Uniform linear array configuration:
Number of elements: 24
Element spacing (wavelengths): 0.75
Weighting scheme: cosine
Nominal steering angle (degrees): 15
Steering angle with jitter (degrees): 15.26
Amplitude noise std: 0.05
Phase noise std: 0.05

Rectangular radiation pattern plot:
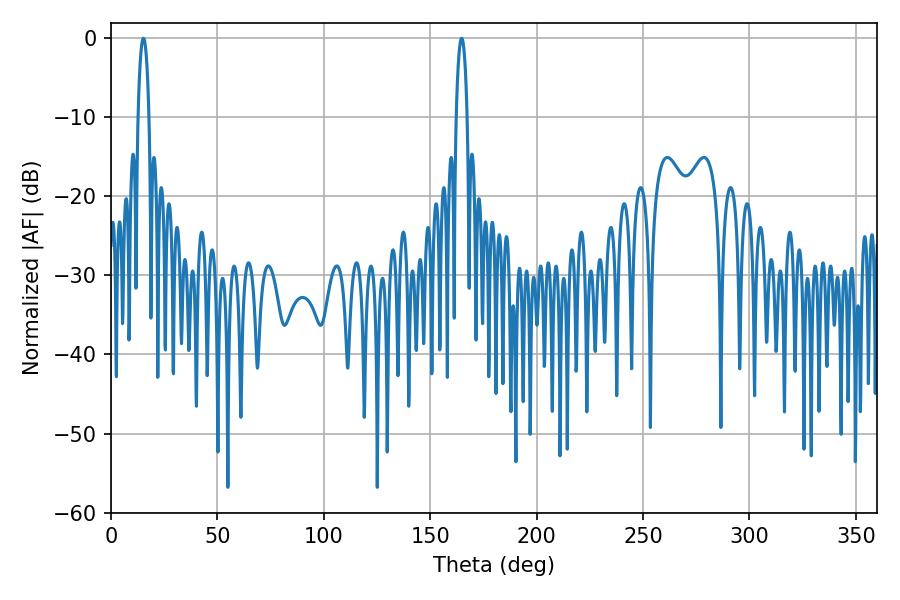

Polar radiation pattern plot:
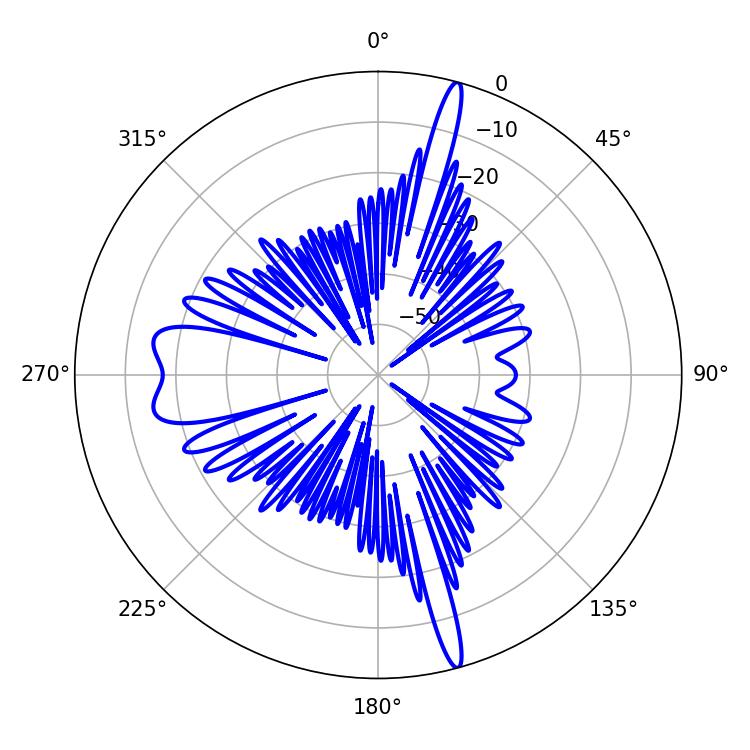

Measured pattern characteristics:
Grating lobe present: TRUE
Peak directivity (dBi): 20.931
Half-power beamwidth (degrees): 2.88
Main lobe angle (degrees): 15.3